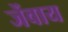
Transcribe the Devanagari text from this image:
जेंवाय